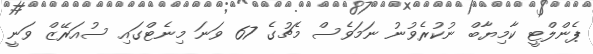
ޕެންލްޓީ ކާމިޔާބް ނުކުރެވުނު ނަމަވެސް މެޗުގެ 67 ވަނަ މިނެޓްގައި ސުއަރޭޒް ވަނީ